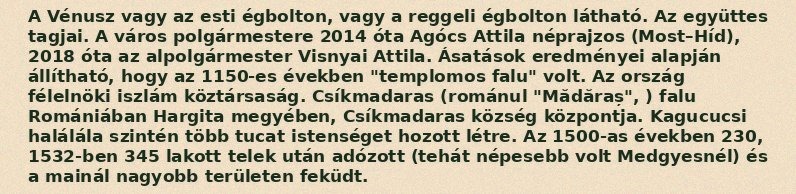
A Vénusz vagy az esti égbolton, vagy a reggeli égbolton látható. Az együttes tagjai. A város polgármestere 2014 óta Agócs Attila néprajzos (Most–Híd), 2018 óta az alpolgármester Visnyai Attila. Ásatások eredményei alapján állítható, hogy az 1150-es években "templomos falu" volt. Az ország félelnöki iszlám köztársaság. Csíkmadaras (románul "Mădăraș", ) falu Romániában Hargita megyében, Csíkmadaras község központja. Kagucucsi halálála szintén több tucat istenséget hozott létre. Az 1500-as években 230, 1532-ben 345 lakott telek után adózott (tehát népesebb volt Medgyesnél) és a mainál nagyobb területen feküdt.